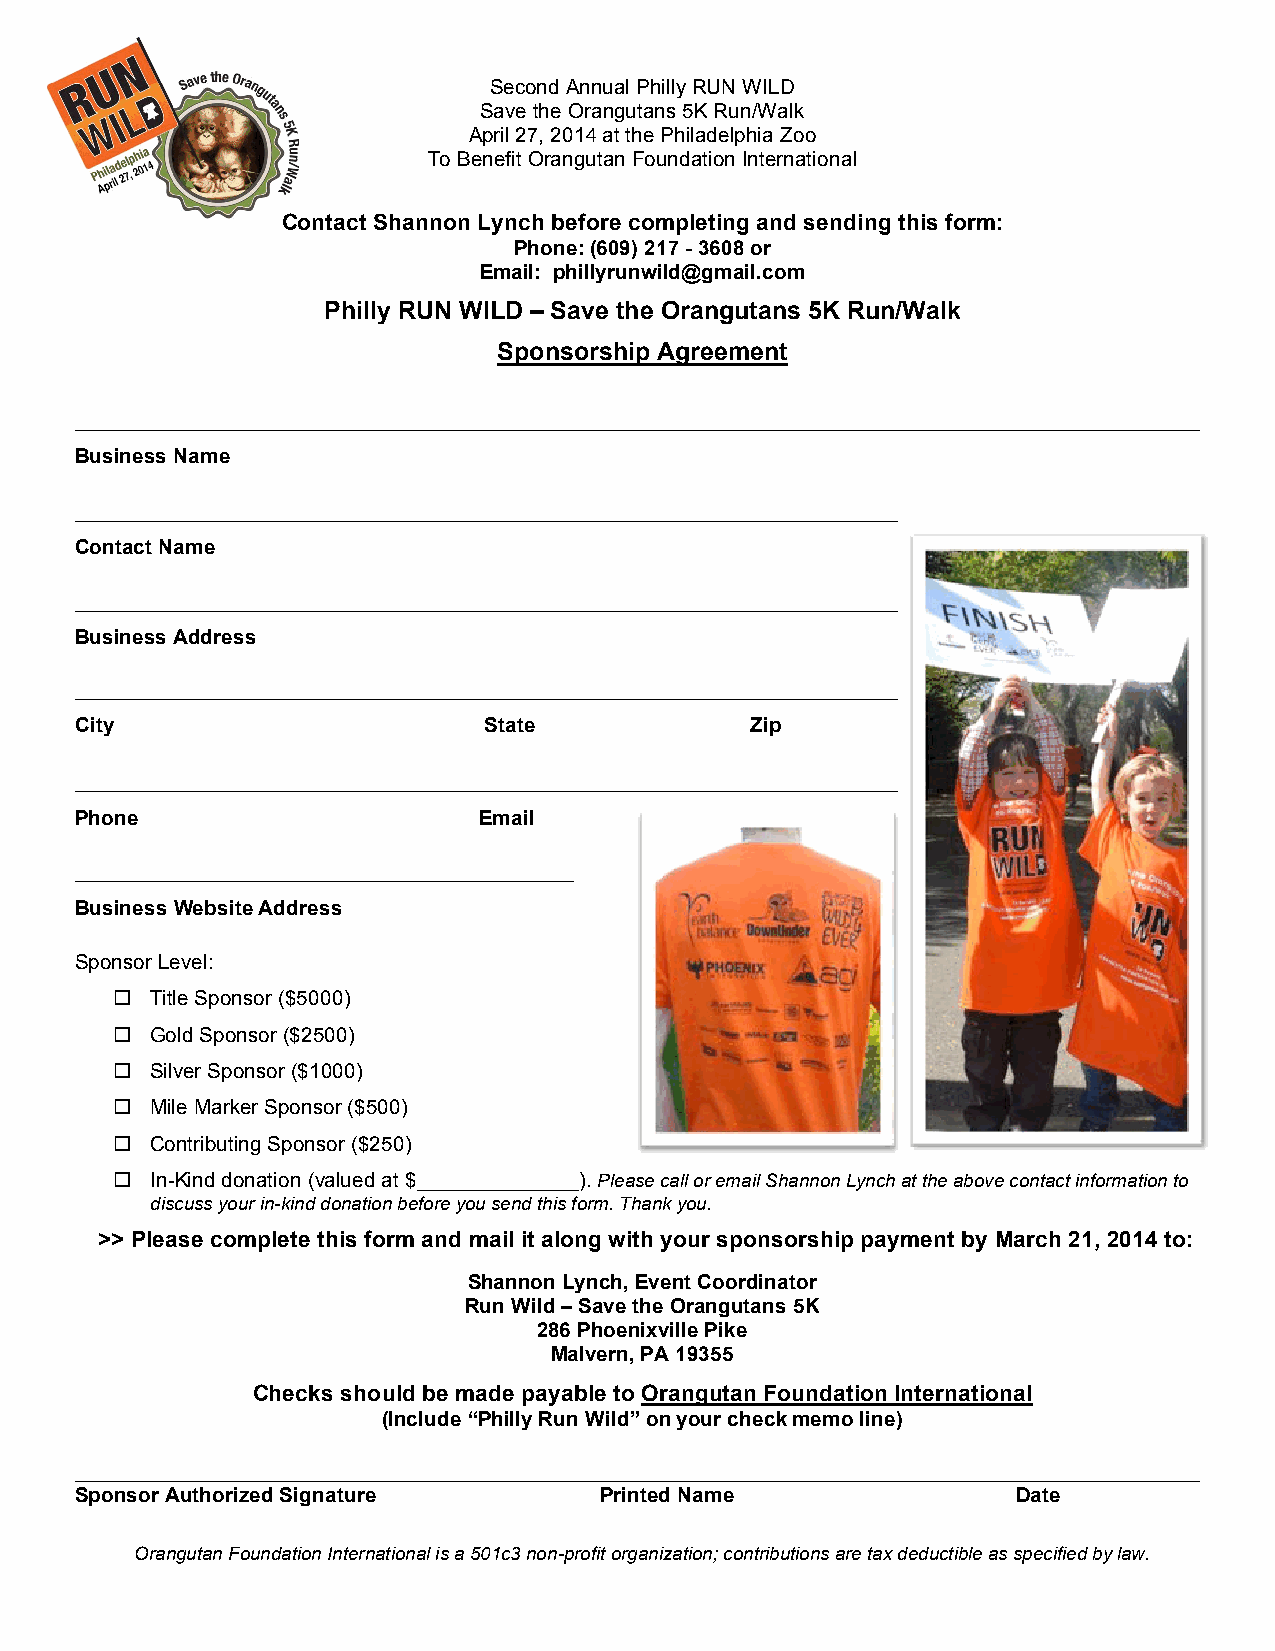
Second Annual Philly RUN WILD
 Save the Orangutans 5K Run/Walk
 April 27, 2014 at the Philadelphia Zoo
 To Benefit Orangutan Foundation International
 Contact Shannon Lynch before completing and sending this form:
 Phone: (609) 217 - 3608 or
 Email: phillyrunwild@gmail.com
 Philly RUN WILD – Save the Orangutans 5K Run/Walk
 Sponsorship Agreement
 _________________________________________________________________________________________________
 Business Name
 _______________________________________________________________________
 Contact Name
 _______________________________________________________________________
 Business Address
 _______________________________________________________________________
 City                       State             Zip
 _______________________________________________________________________
 Phone                      Email
 ___________________________________________
 Business Website Address
 Sponsor Level:
 "  Title Sponsor ($5000)
 "  Gold Sponsor ($2500)
 "  Silver Sponsor ($1000)
 "  Mile Marker Sponsor ($500)
 "  Contributing Sponsor ($250)
 "  In-Kind donation (valued at $______________). Please call or email Shannon Lynch at the above contact information to
 discuss your in-kind donation before you send this form. Thank you.
 >> Please complete this form and mail it along with your sponsorship payment by March 21, 2014 to:
 Shannon Lynch, Event Coordinator
 Run Wild – Save the Orangutans 5K
 286 Phoenixville Pike
 Malvern, PA 19355
 Checks should be made payable to Orangutan Foundation International
 (Include “Philly Run Wild” on your check memo line)
 _________________________________________________________________________________________________
 Sponsor Authorized Signature       Printed Name               Date
 Orangutan Foundation International is a 501c3 non-profit organization; contributions are tax deductible as specified by law.